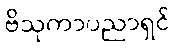
ဗိသုကာပညာရှင်